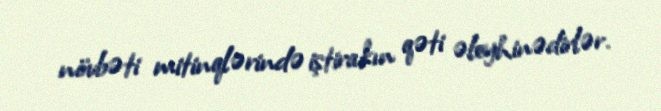
növbəti mitinqlərində iştirakın qəti əleyhinədirlər.